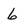
Character: 6